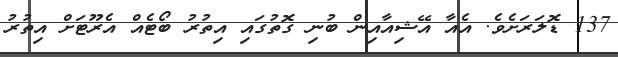
137 ޑޮލަރަށެވެ. އެއާ އޭޝިއާއިން ބުނި ގޮތުގައި އިތުރު ބޯޓެއް އެރޫޓަށް އިތުރު